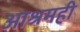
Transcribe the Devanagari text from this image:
आश्रमही